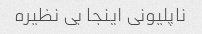
ناپلیونی اینجا بی نظیره